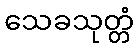
သေခသုတ္တံ